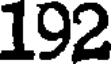
192